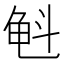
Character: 𲎮